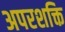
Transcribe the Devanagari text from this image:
अपरशक्ति